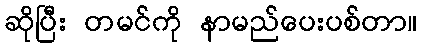
ဆိုပြီး တမင်ကို နာမည်ပေးပစ်တာ။